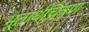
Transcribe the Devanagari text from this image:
भूतार्थचित्रण